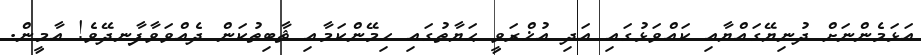
އަޅަމެންނަށް ދުނިޔޭގައްޔާއި ކައްވަޅުގައި އަދި އުޚްރަވީ ޙަޔާތުގައި ހިމޭންކަމާއި ޘާބިތުކަން ދެއްވަވާފާނދޭވެ! އާމީން.